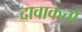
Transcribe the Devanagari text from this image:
दावाकर्त्ता